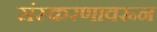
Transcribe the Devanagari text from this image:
संस्करणावरून